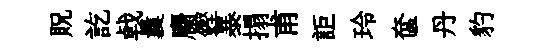
貺訖㦸曩麕鏗暴搨甫詎玲奩丹豹